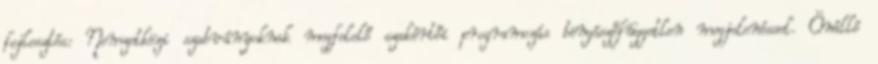
fejlesztés: Nemzetközi szabványoknak megfelelő szakértői programozás böngészőfüggetlen megjelenéssel. Önálló